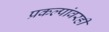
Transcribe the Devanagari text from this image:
प्रकल्पांवरही